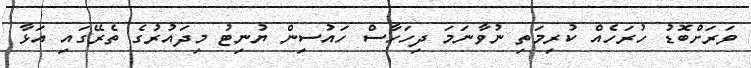
ވަރަށްބޮޑު ހުރަހެއް ކުރިމަތި ނުވާނަމަ ދިހަހާސް ހައުސިން ޔުނިޓު މިދައުރުގެ ތެރޭގައި އަޅާ